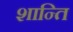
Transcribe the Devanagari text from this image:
शान्‍ति